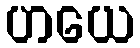
ဟယေ